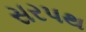
સરપથ